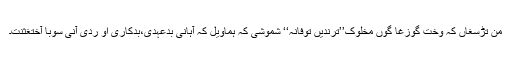
من تڑسغاں کہ وخت گوزغا گوں مخلوک’’ترندیں توفانہ‘‘ شموشی کہ ہماویل کہ آہانی بدعہدی،بدکاری او ردی آنی سوبا آختغثنت۔